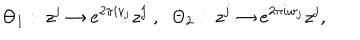
\Theta _ { 1 } : \; z ^ { j } \rightarrow e ^ { 2 \pi i v _ { j } } z ^ { j } \; , \; \; \Theta _ { 2 } : \; z ^ { j } \rightarrow e ^ { 2 \pi i w _ { j } } z ^ { j } ,